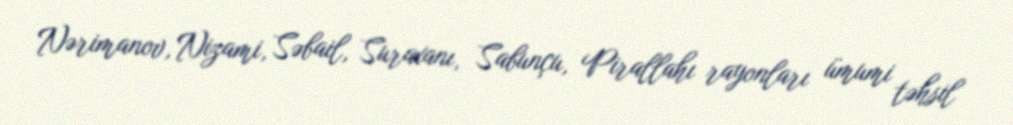
Nərimanov, Nizami, Səbail, Suraxanı, Sabunçu, Pirallahı rayonları ümumi təhsil